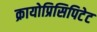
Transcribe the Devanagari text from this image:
क्रायोप्रिसिपिटेट